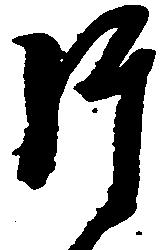
片